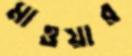
মাওয়ার